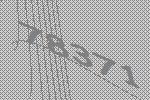
78371